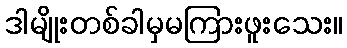
ဒါမျိုးတစ်ခါမှမကြားဖူးသေး။